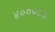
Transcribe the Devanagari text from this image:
४०००८३